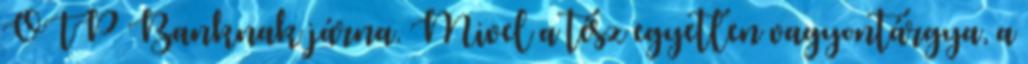
OTP Banknak járna. Mivel a tész egyetlen vagyontárgya, a